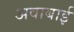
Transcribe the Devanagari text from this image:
अवाबाई